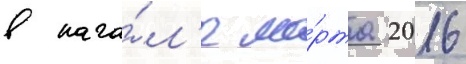
в нача́л'е ма́рта 2016